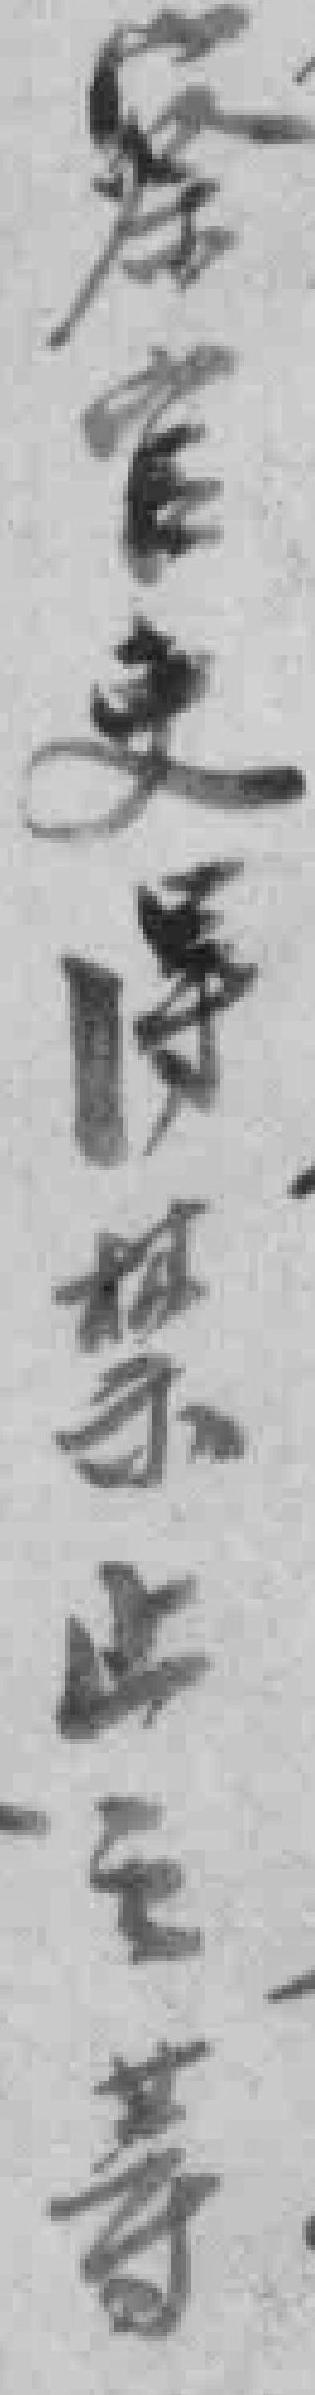
察官吏得禁止之䓁